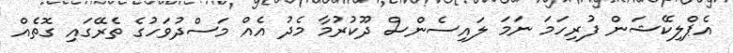
އެޕްލިކޭޝަން ފުރިހަމަ ނަމަ ލައިސެންސް ދޫކުރުމާ މެދު އެއް މަސްދުވަހުގެ ތެރޭގައި ގޮތެއް